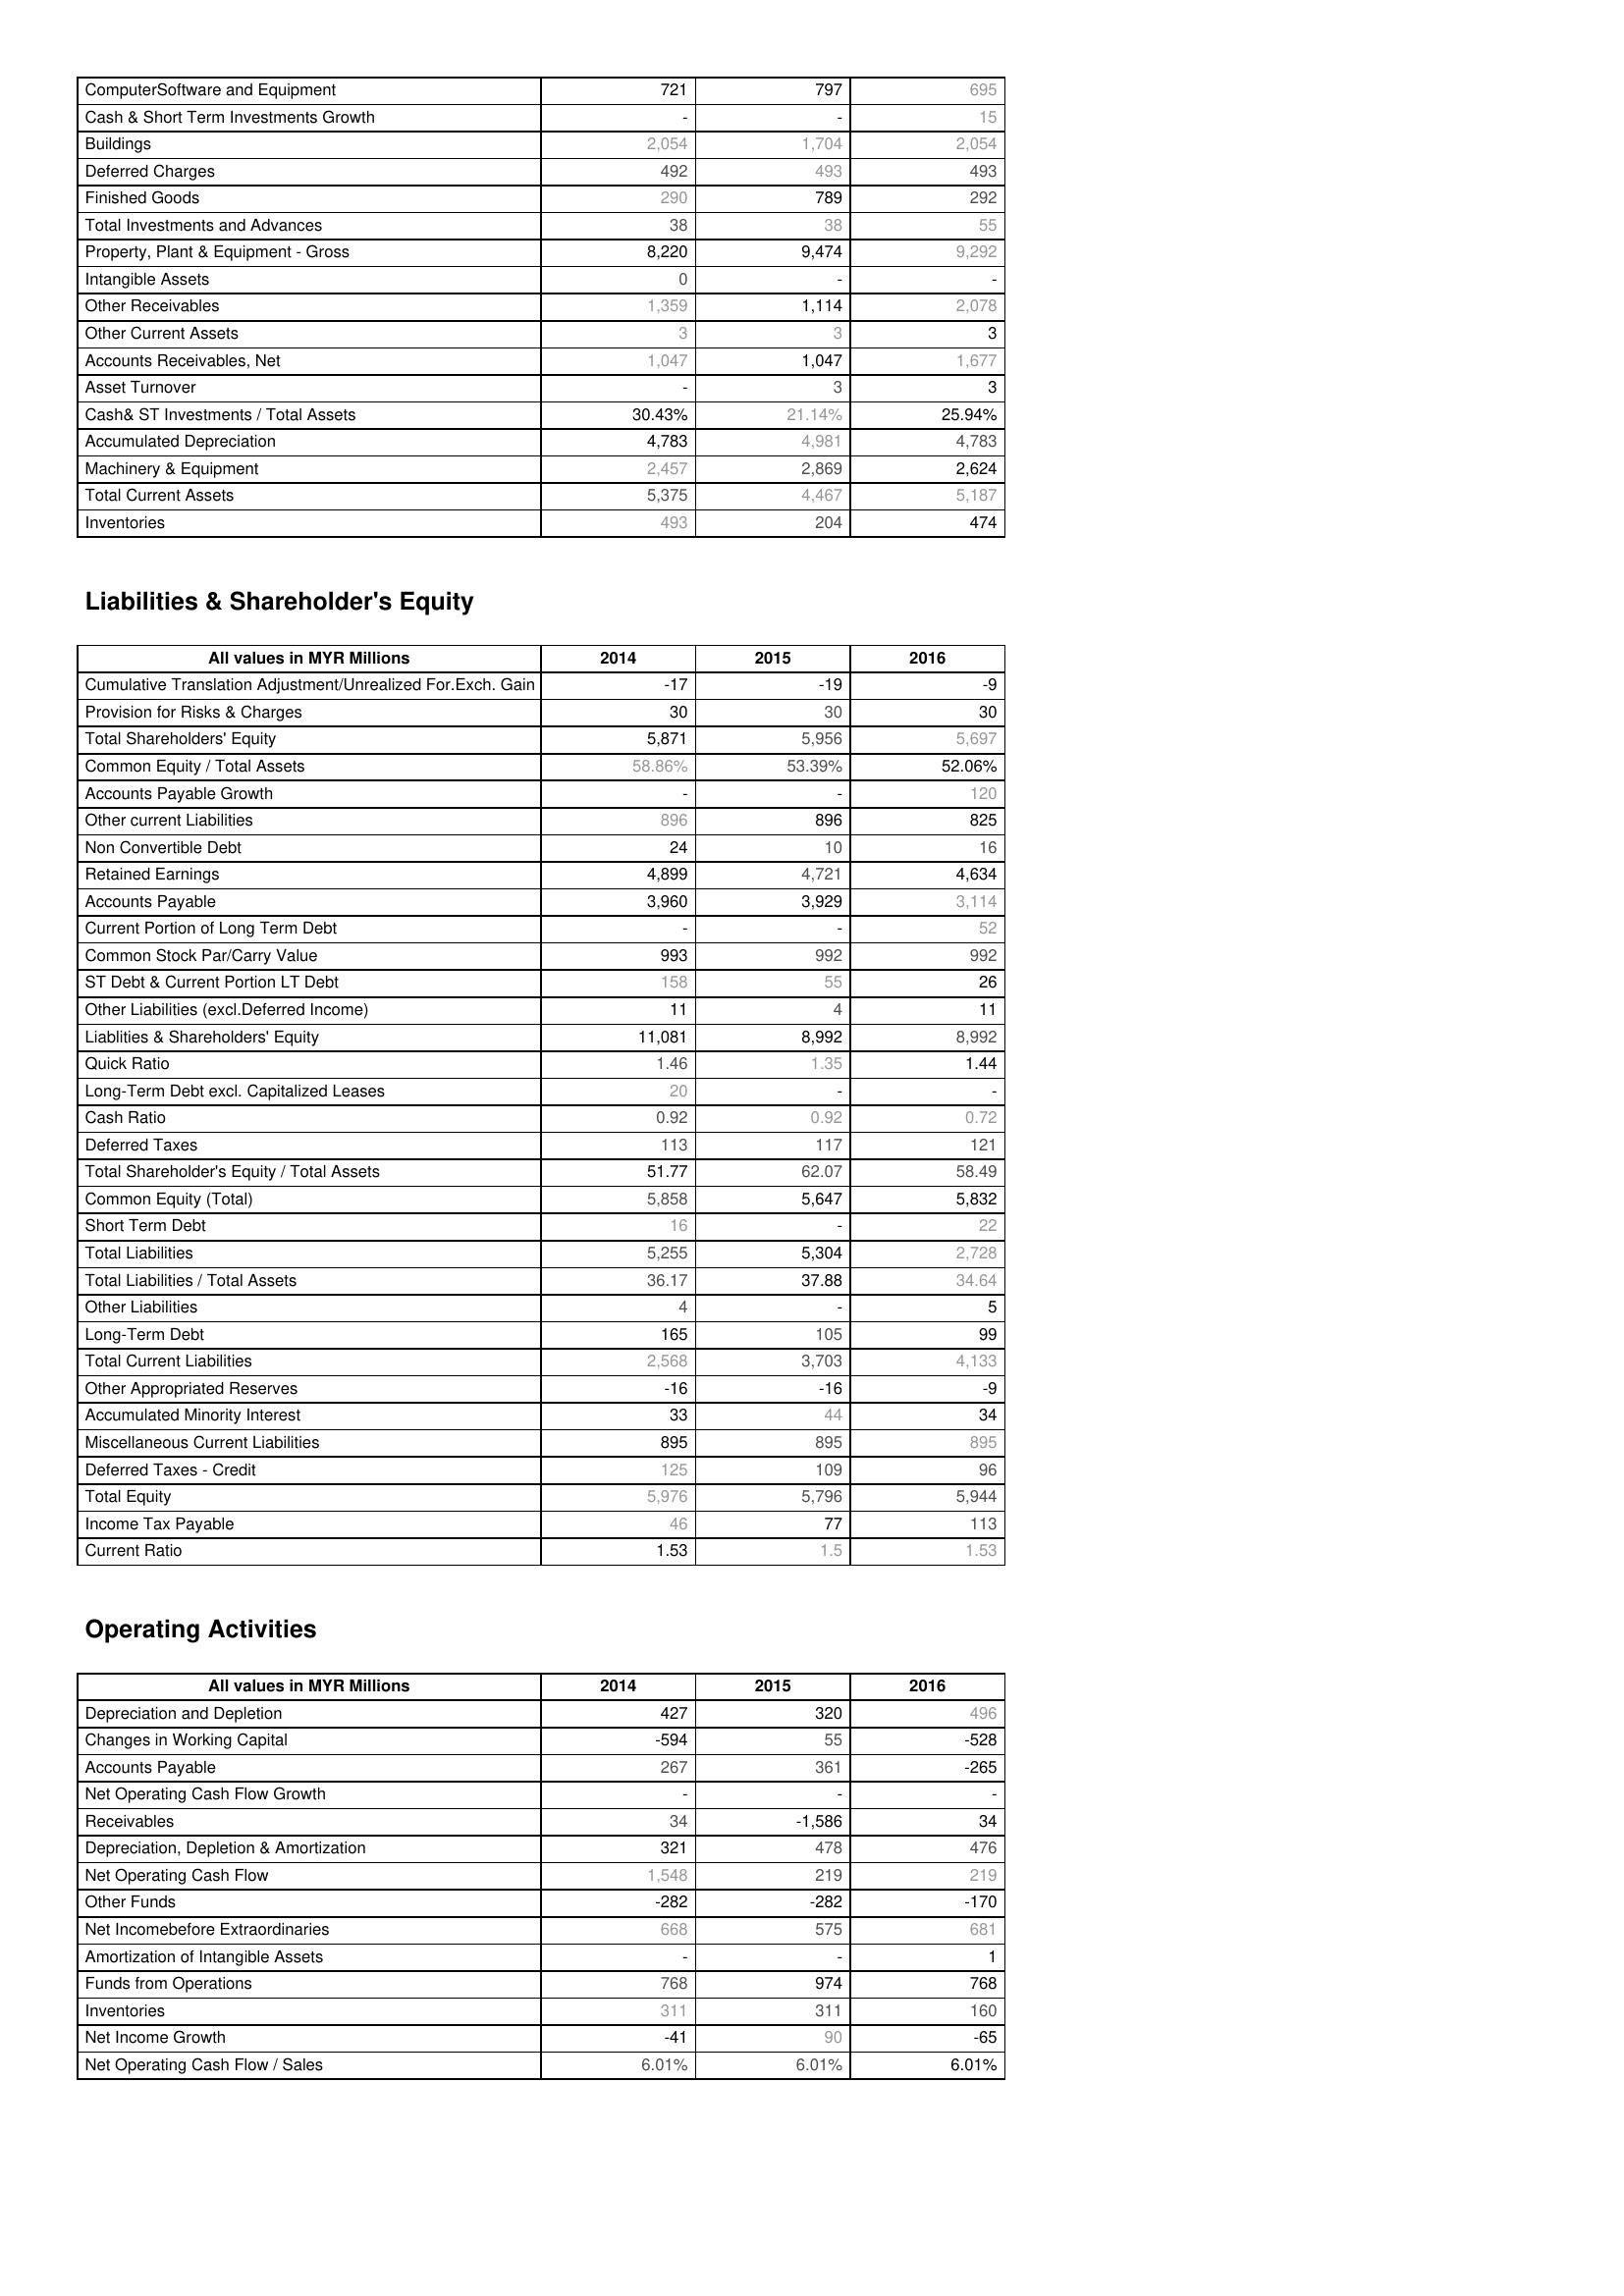
2014: Assets: ComputerSoftware and Equipment: 721
Cash & Short Term Investments Growth: -
Buildings: 2,054
Deferred Charges: 492
Finished Goods: 290
Total Investments and Advances: 38
Property, Plant & Equipment - Gross : 8,220
Intangible Assets: 0
Other Receivables: 1,359
Other Current Assets: 3
Accounts Receivables, Net: 1,047
Asset Turnover: -
Cash& ST Investments / Total Assets: 30.43%
Accumulated Depreciation: 4,783
Machinery & Equipment: 2,457
Total Current Assets: 5,375
Inventories: 493
Liabilities & Shareholder's Equity: Cumulative Translation Adjustment/Unrealized For.Exch. Gain: -17
Provision for Risks & Charges: 30
Total Shareholders' Equity: 5,871
Common Equity / Total Assets: 58.86%
Accounts Payable Growth: -
Other current Liabilities: 896
Non Convertible Debt: 24
Retained Earnings: 4,899
Accounts Payable: 3,960
Current Portion of Long Term Debt: -
Common Stock Par/Carry Value: 993
ST Debt & Current Portion LT Debt: 158
Other Liabilities (excl.Deferred Income): 11
Liablities & Shareholders' Equity: 11,081
Quick Ratio: 1.46
Long-Term Debt excl. Capitalized Leases: 20
Cash Ratio: 0.92
Deferred Taxes: 113
Total Shareholder's Equity / Total Assets: 51.77
Common Equity (Total): 5,858
Short Term Debt: 16
Total Liabilities: 5,255
Total Liabilities / Total Assets: 36.17
Other Liabilities: 4
Long-Term Debt: 165
Total Current Liabilities: 2,568
Other Appropriated Reserves: -16
Accumulated Minority Interest: 33
Miscellaneous Current Liabilities: 895
Deferred Taxes - Credit: 125
Total Equity: 5,976
Income Tax Payable: 46
Current Ratio: 1.53
Operating Activities: Depreciation and Depletion: 427
Changes in Working Capital: -594
Accounts Payable: 267
Net Operating Cash Flow Growth: -
Receivables: 34
Depreciation, Depletion & Amortization: 321
Net Operating Cash Flow: 1,548
Other Funds: -282
Net Incomebefore Extraordinaries: 668
Amortization of Intangible Assets: -
Funds from Operations: 768
Inventories: 311
Net Income Growth: -41
Net Operating Cash Flow / Sales: 6.01%
2015: Assets: ComputerSoftware and Equipment: 797
Cash & Short Term Investments Growth: -
Buildings: 1,704
Deferred Charges: 493
Finished Goods: 789
Total Investments and Advances: 38
Property, Plant & Equipment - Gross : 9,474
Intangible Assets: -
Other Receivables: 1,114
Other Current Assets: 3
Accounts Receivables, Net: 1,047
Asset Turnover: 3
Cash& ST Investments / Total Assets: 21.14%
Accumulated Depreciation: 4,981
Machinery & Equipment: 2,869
Total Current Assets: 4,467
Inventories: 204
Liabilities & Shareholder's Equity: Cumulative Translation Adjustment/Unrealized For.Exch. Gain: -19
Provision for Risks & Charges: 30
Total Shareholders' Equity: 5,956
Common Equity / Total Assets: 53.39%
Accounts Payable Growth: -
Other current Liabilities: 896
Non Convertible Debt: 10
Retained Earnings: 4,721
Accounts Payable: 3,929
Current Portion of Long Term Debt: -
Common Stock Par/Carry Value: 992
ST Debt & Current Portion LT Debt: 55
Other Liabilities (excl.Deferred Income): 4
Liablities & Shareholders' Equity: 8,992
Quick Ratio: 1.35
Long-Term Debt excl. Capitalized Leases: -
Cash Ratio: 0.92
Deferred Taxes: 117
Total Shareholder's Equity / Total Assets: 62.07
Common Equity (Total): 5,647
Short Term Debt: -
Total Liabilities: 5,304
Total Liabilities / Total Assets: 37.88
Other Liabilities: -
Long-Term Debt: 105
Total Current Liabilities: 3,703
Other Appropriated Reserves: -16
Accumulated Minority Interest: 44
Miscellaneous Current Liabilities: 895
Deferred Taxes - Credit: 109
Total Equity: 5,796
Income Tax Payable: 77
Current Ratio: 1.5
Operating Activities: Depreciation and Depletion: 320
Changes in Working Capital: 55
Accounts Payable: 361
Net Operating Cash Flow Growth: -
Receivables: -1,586
Depreciation, Depletion & Amortization: 478
Net Operating Cash Flow: 219
Other Funds: -282
Net Incomebefore Extraordinaries: 575
Amortization of Intangible Assets: -
Funds from Operations: 974
Inventories: 311
Net Income Growth: 90
Net Operating Cash Flow / Sales: 6.01%
2016: Assets: ComputerSoftware and Equipment: 695
Cash & Short Term Investments Growth: 15
Buildings: 2,054
Deferred Charges: 493
Finished Goods: 292
Total Investments and Advances: 55
Property, Plant & Equipment - Gross : 9,292
Intangible Assets: -
Other Receivables: 2,078
Other Current Assets: 3
Accounts Receivables, Net: 1,677
Asset Turnover: 3
Cash& ST Investments / Total Assets: 25.94%
Accumulated Depreciation: 4,783
Machinery & Equipment: 2,624
Total Current Assets: 5,187
Inventories: 474
Liabilities & Shareholder's Equity: Cumulative Translation Adjustment/Unrealized For.Exch. Gain: -9
Provision for Risks & Charges: 30
Total Shareholders' Equity: 5,697
Common Equity / Total Assets: 52.06%
Accounts Payable Growth: 120
Other current Liabilities: 825
Non Convertible Debt: 16
Retained Earnings: 4,634
Accounts Payable: 3,114
Current Portion of Long Term Debt: 52
Common Stock Par/Carry Value: 992
ST Debt & Current Portion LT Debt: 26
Other Liabilities (excl.Deferred Income): 11
Liablities & Shareholders' Equity: 8,992
Quick Ratio: 1.44
Long-Term Debt excl. Capitalized Leases: -
Cash Ratio: 0.72
Deferred Taxes: 121
Total Shareholder's Equity / Total Assets: 58.49
Common Equity (Total): 5,832
Short Term Debt: 22
Total Liabilities: 2,728
Total Liabilities / Total Assets: 34.64
Other Liabilities: 5
Long-Term Debt: 99
Total Current Liabilities: 4,133
Other Appropriated Reserves: -9
Accumulated Minority Interest: 34
Miscellaneous Current Liabilities: 895
Deferred Taxes - Credit: 96
Total Equity: 5,944
Income Tax Payable: 113
Current Ratio: 1.53
Operating Activities: Depreciation and Depletion: 496
Changes in Working Capital: -528
Accounts Payable: -265
Net Operating Cash Flow Growth: -
Receivables: 34
Depreciation, Depletion & Amortization: 476
Net Operating Cash Flow: 219
Other Funds: -170
Net Incomebefore Extraordinaries: 681
Amortization of Intangible Assets: 1
Funds from Operations: 768
Inventories: 160
Net Income Growth: -65
Net Operating Cash Flow / Sales: 6.01%